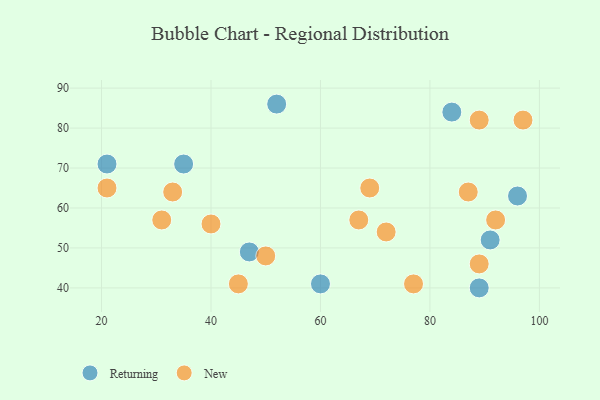
{"axis": {"x": "GDP", "y": "Life Expectancy"}, "legend": ["New", "Returning"], "data": [{"x": "52", "y": 86, "type": "Returning"}, {"x": "84", "y": 84, "type": "Returning"}, {"x": "89", "y": 40, "type": "Returning"}, {"x": "91", "y": 52, "type": "Returning"}, {"x": "35", "y": 71, "type": "Returning"}, {"x": "60", "y": 41, "type": "Returning"}, {"x": "96", "y": 63, "type": "Returning"}, {"x": "21", "y": 71, "type": "Returning"}, {"x": "47", "y": 49, "type": "Returning"}, {"x": "21", "y": 65, "type": "New"}, {"x": "87", "y": 64, "type": "New"}, {"x": "33", "y": 64, "type": "New"}, {"x": "67", "y": 57, "type": "New"}, {"x": "69", "y": 65, "type": "New"}, {"x": "40", "y": 56, "type": "New"}, {"x": "31", "y": 57, "type": "New"}, {"x": "50", "y": 48, "type": "New"}, {"x": "72", "y": 54, "type": "New"}, {"x": "92", "y": 57, "type": "New"}, {"x": "77", "y": 41, "type": "New"}, {"x": "97", "y": 82, "type": "New"}, {"x": "89", "y": 46, "type": "New"}, {"x": "45", "y": 41, "type": "New"}, {"x": "89", "y": 82, "type": "New"}]}